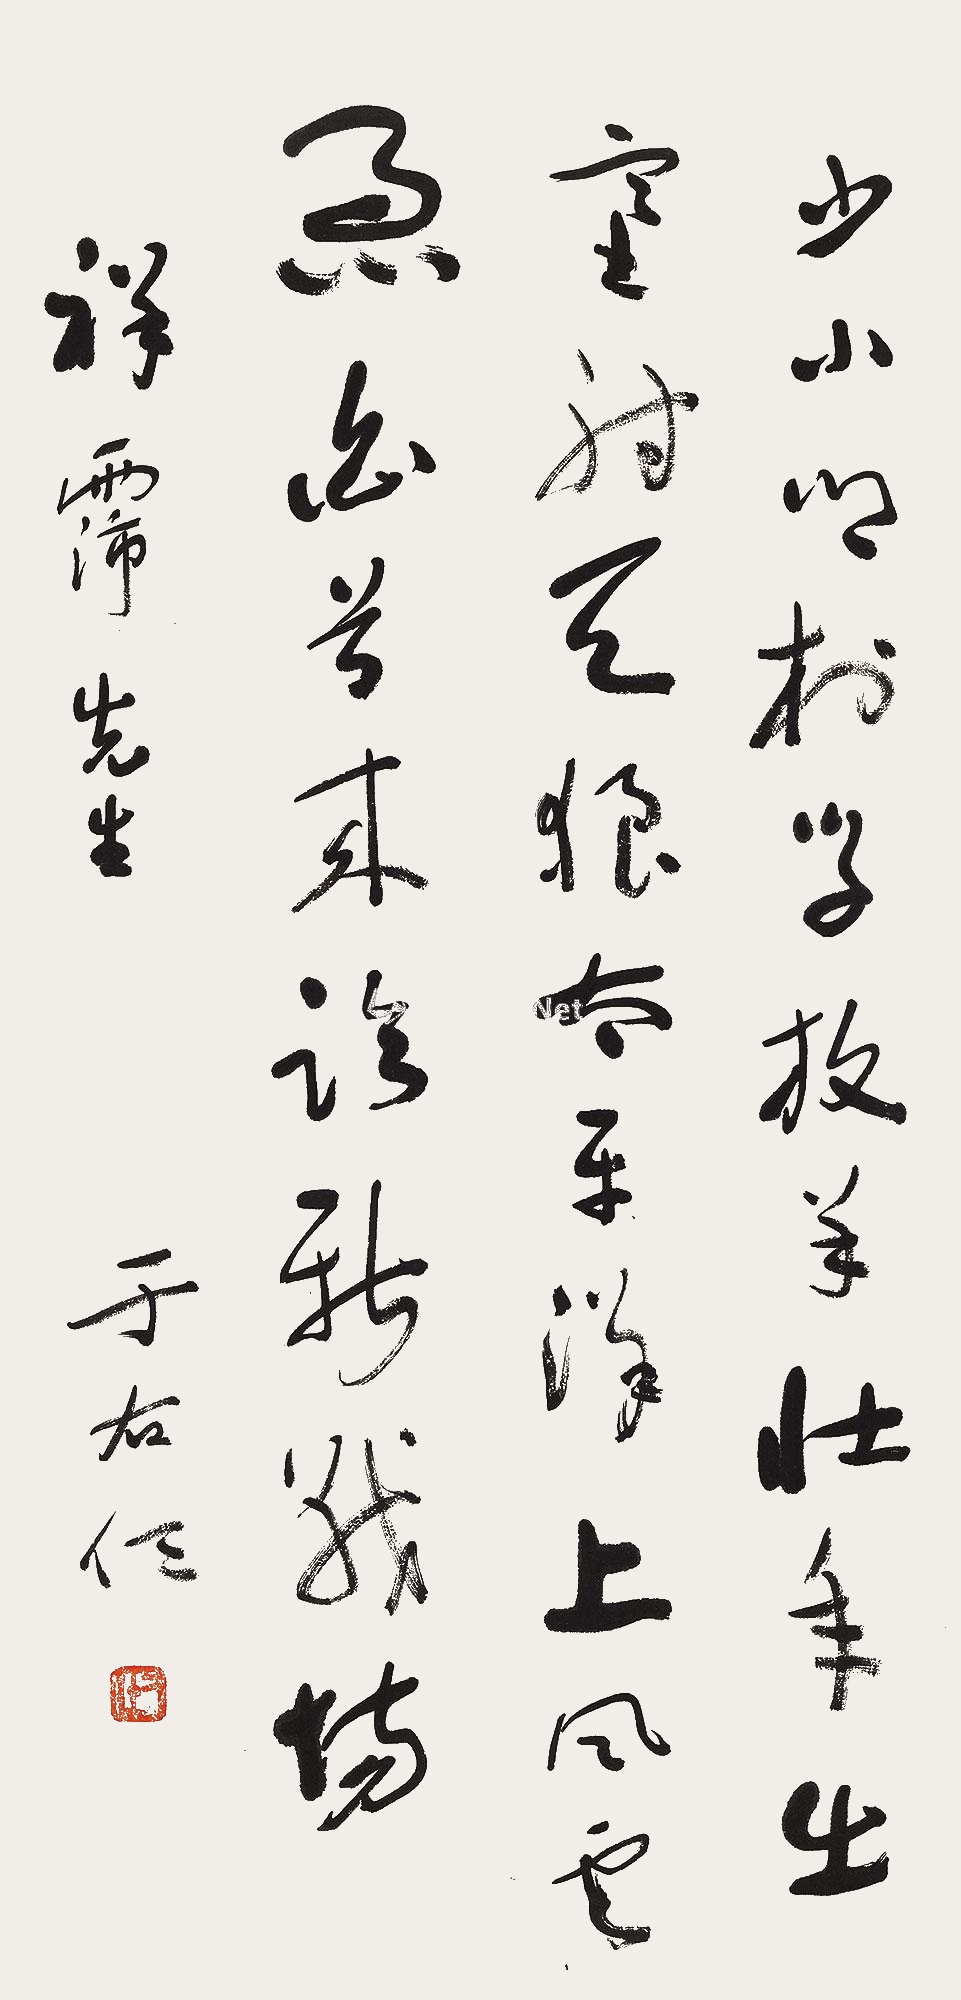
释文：少小乡村学放羊，壮年出塞射天狼。太平洋上风云急，白首来临新战场。祥霈先生，于右任。